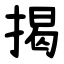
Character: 揭